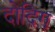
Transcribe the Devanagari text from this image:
दोदिग